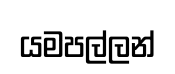
යමපල්ලන්